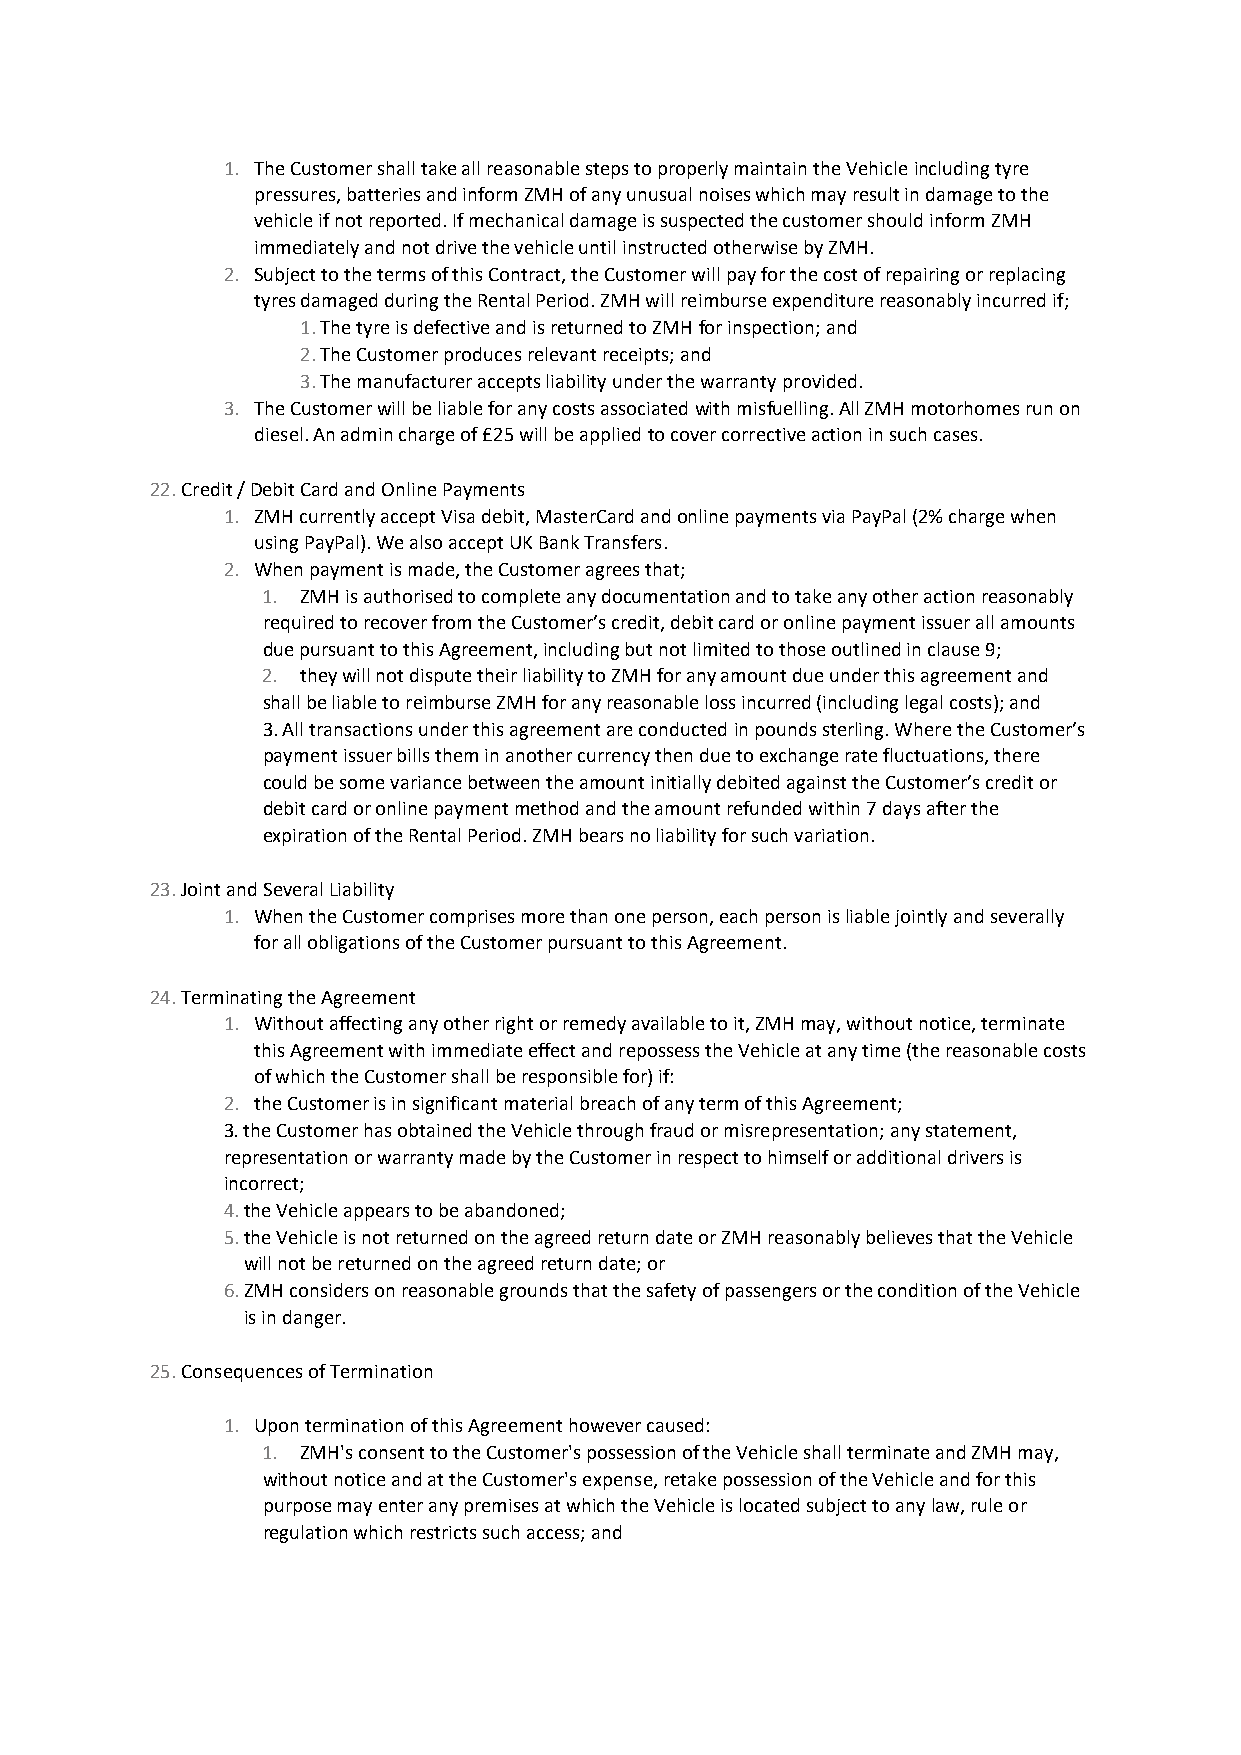
1. The Customer shall take all reasonable steps to properly maintain the Vehicle including tyre
 pressures, batteries and inform ZMH of any unusual noises which may result in damage to the
 vehicle if not reported. If mechanical damage is suspected the customer should inform ZMH
 immediately and not drive the vehicle until instructed otherwise by ZMH.
 2. Subject to the terms of this Contract, the Customer will pay for the cost of repairing or replacing
 tyres damaged during the Rental Period. ZMH will reimburse expenditure reasonably incurred if;
 1. The tyre is defective and is returned to ZMH for inspection; and
 2. The Customer produces relevant receipts; and
 3. The manufacturer accepts liability under the warranty provided.
 3. The Customer will be liable for any costs associated with misfuelling. All ZMH motorhomes run on
 diesel. An admin charge of £25 will be applied to cover corrective action in such cases.
 22. Credit / Debit Card and Online Payments
 1. ZMH currently accept Visa debit, MasterCard and online payments via PayPal (2% charge when
 using PayPal). We also accept UK Bank Transfers.
 2. When payment is made, the Customer agrees that;
 1. ZMH is authorised to complete any documentation and to take any other action reasonably
 required to recover from the Customer’s credit, debit card or online payment issuer all amounts
 due pursuant to this Agreement, including but not limited to those outlined in clause 9;
 2. they will not dispute their liability to ZMH for any amount due under this agreement and
 shall be liable to reimburse ZMH for any reasonable loss incurred (including legal costs); and
 3. All transactions under this agreement are conducted in pounds sterling. Where the Customer’s
 payment issuer bills them in another currency then due to exchange rate fluctuations, there
 could be some variance between the amount initially debited against the Customer’s credit or
 debit card or online payment method and the amount refunded within 7 days after the
 expiration of the Rental Period. ZMH bears no liability for such variation.
 23. Joint and Several Liability
 1. When the Customer comprises more than one person, each person is liable jointly and severally
 for all obligations of the Customer pursuant to this Agreement.
 24. Terminating the Agreement
 1. Without affecting any other right or remedy available to it, ZMH may, without notice, terminate
 this Agreement with immediate effect and repossess the Vehicle at any time (the reasonable costs
 of which the Customer shall be responsible for) if:
 2. the Customer is in significant material breach of any term of this Agreement;
 3. the Customer has obtained the Vehicle through fraud or misrepresentation; any statement,
 representation or warranty made by the Customer in respect to himself or additional drivers is
 incorrect;
 4. the Vehicle appears to be abandoned;
 5. the Vehicle is not returned on the agreed return date or ZMH reasonably believes that the Vehicle
 will not be returned on the agreed return date; or
 6. ZMH considers on reasonable grounds that the safety of passengers or the condition of the Vehicle
 is in danger.
 25. Consequences of Termination
 1. Upon termination of this Agreement however caused:
 1. ZMH's consent to the Customer's possession of the Vehicle shall terminate and ZMH may,
 without notice and at the Customer's expense, retake possession of the Vehicle and for this
 purpose may enter any premises at which the Vehicle is located subject to any law, rule or
 regulation which restricts such access; and